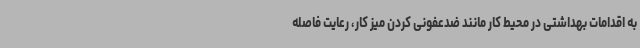
به اقدامات بهداشتی در محیط کار مانند ضدعفونی کردن میز کار، رعایت فاصله